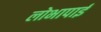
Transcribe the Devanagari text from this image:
लोभापाई